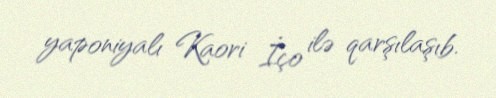
yaponiyalı Kaori İço ilə qarşılaşıb.